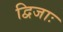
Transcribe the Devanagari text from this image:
द्विजाः